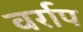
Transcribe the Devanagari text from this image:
वर्राप